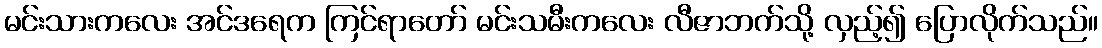
မင်းသားကလေး အင်ဒရေက ကြင်ရာတော် မင်းသမီးကလေး လီဇာဘက်သို့ လှည့်၍ ပြောလိုက်သည်။